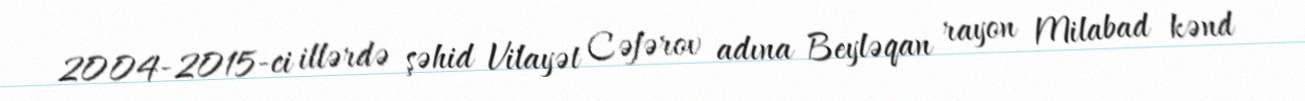
2004-2015-ci illərdə şəhid Vilayət Cəfərov adına Beyləqan rayon Milabad kənd